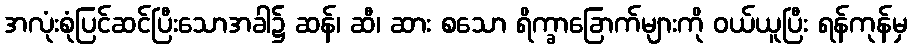
အလုံးစုံပြင်ဆင်ပြီးသောအခါ၌ ဆန်၊ ဆီ၊ ဆား စသော ရိက္ခာခြောက်များကို ဝယ်ယူပြီး ရန်ကုန်မှ